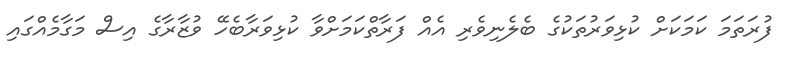
ފުރަތަމަ ކަމަކަށް ކުޅިވަރުތަކުގެ ބެލެނިވެރި އެއް ފަރާތްކަމަށްވާ ކުޅިވަރާބެހޭ ވުޒާރާގެ އިސް މަގާމެއްގައި